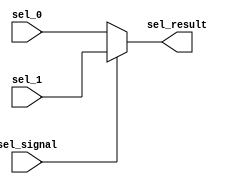
`timescale 1ns / 1ps

// writeRegistermux32

module mux2#(parameter WIDTH=32)(
    input [WIDTH-1:0] sel_0,
    input [WIDTH-1:0] sel_1,
    input sel_signal,
    output [WIDTH-1:0] sel_result
    );
    assign sel_result = sel_signal ? sel_1 : sel_0;
endmodule